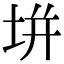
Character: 垪